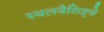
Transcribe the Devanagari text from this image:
स्थलवैशिष्ट्ये